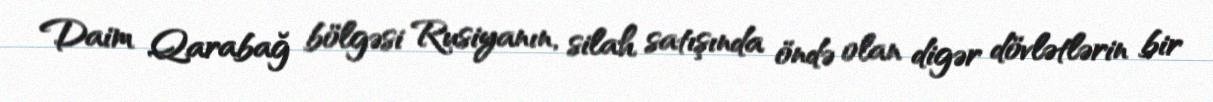
Daim Qarabağ bölgəsi Rusiyanın, silah satışında öndə olan digər dövlətlərin bir